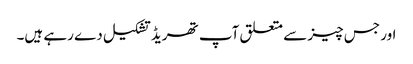
اور جس چیز سے متعلق آپ تھریڈ تشکیل دے رہے ہیں۔